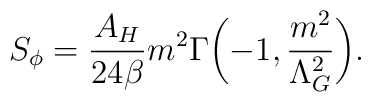
S_{\phi}=\frac{A_H}{24\beta}m^2\Gamma\biggl(-1, \frac{m^2}{\Lambda_G^2}\biggr).